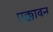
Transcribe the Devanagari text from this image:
एक्कावन